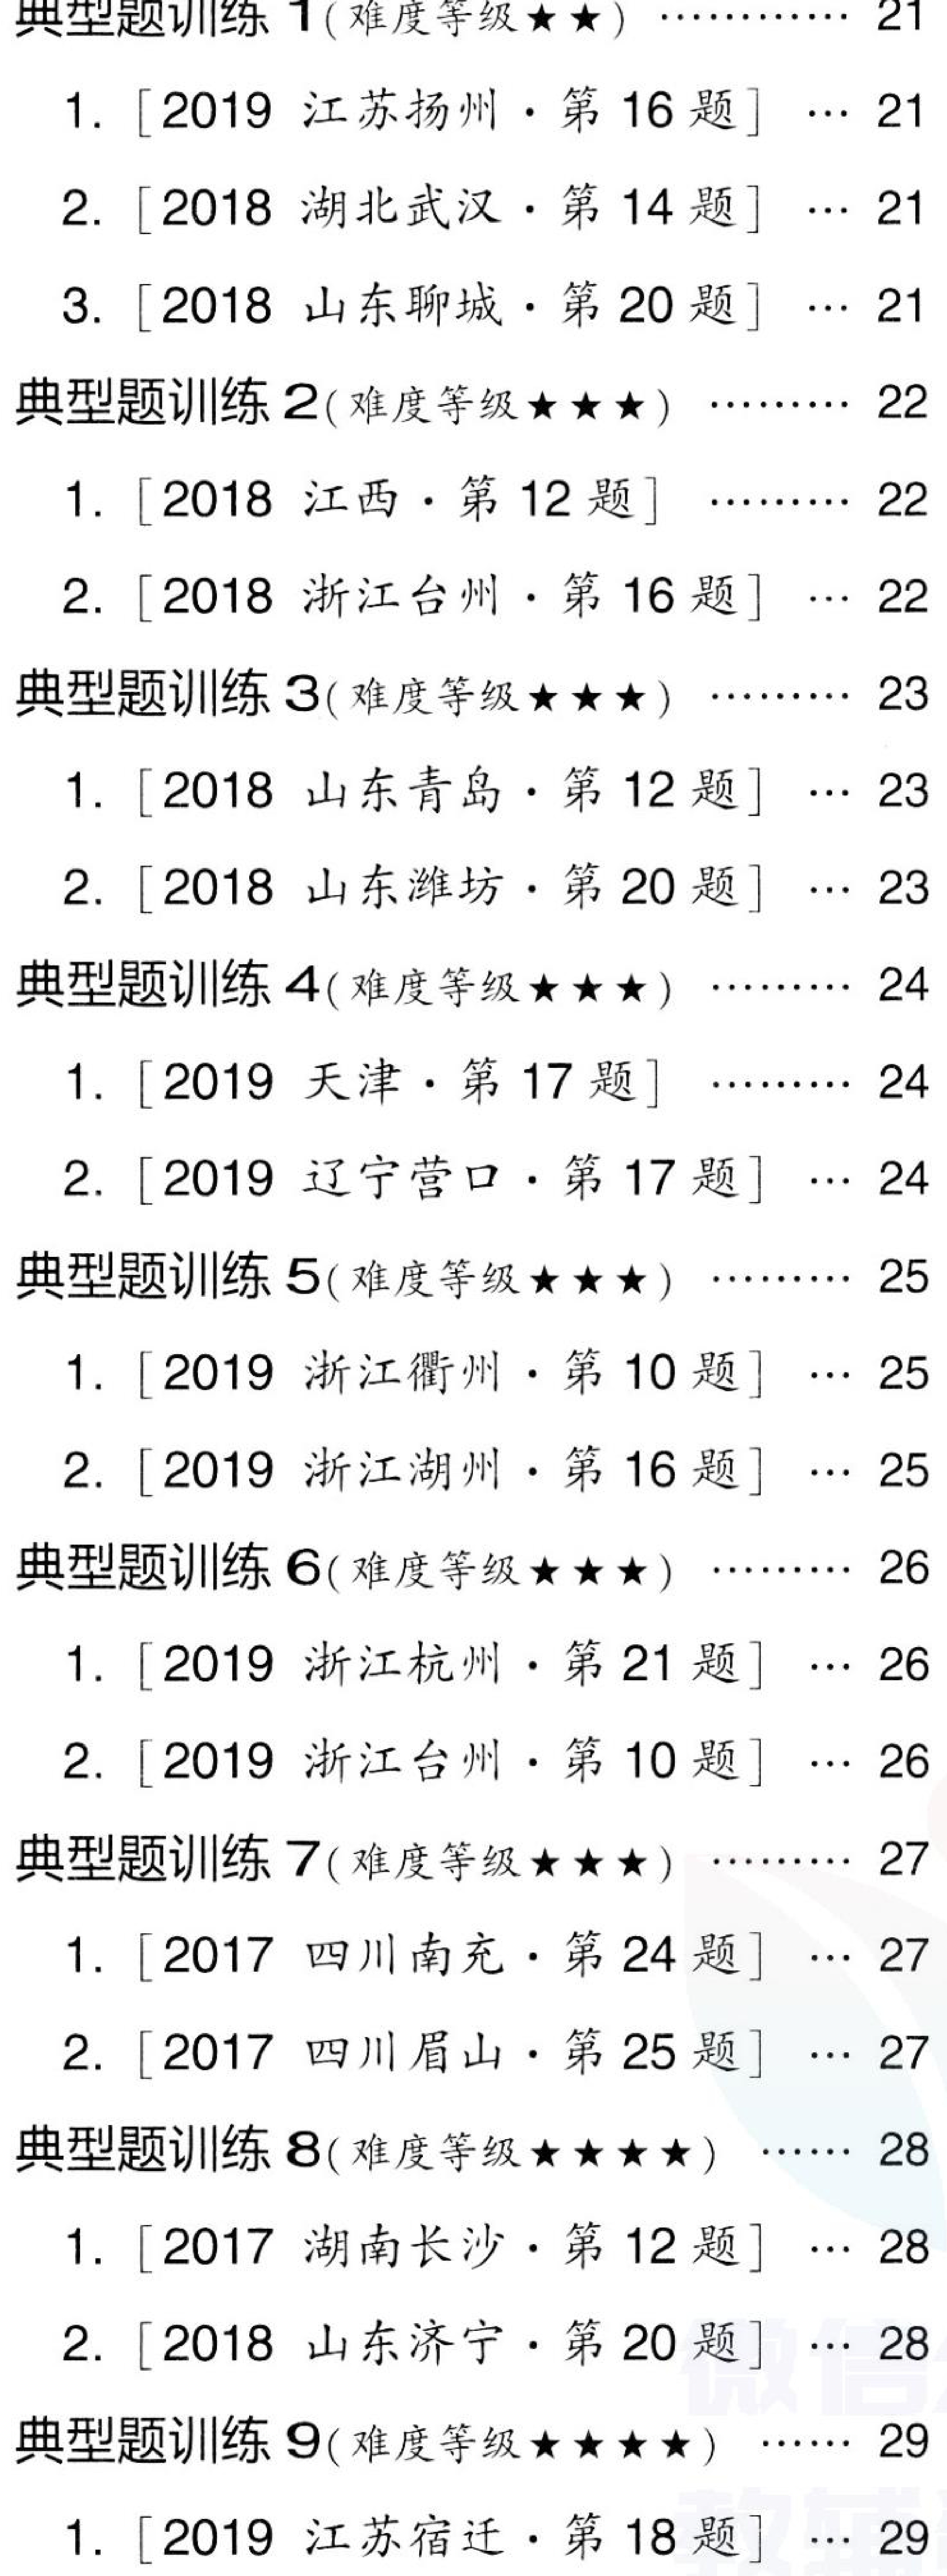
典型题训练 1(难度等级$\star\star$) ………… 21
1. [2019 江苏扬州·第 16 题] … 21
2. [2018 湖北武汉·第 14 题] … 21
3. [2018 山东聊城·第 20 题] … 21
典型题训练 2(难度等级$\star\star\star$) ………… 22
1. [2018 江西·第 12 题] ………… 22
2. [2018 浙江台州·第 16 题] … 22
典型题训练 3(难度等级$\star\star\star$) ………… 23
1. [2018 山东青岛·第 12 题] … 23
2. [2018 山东潍坊·第 20 题] … 23
典型题训练 4(难度等级$\star\star\star$) ………… 24
1. [2019 天津·第 17 题] ………… 24
2. [2019 辽宁营口·第 17 题] … 24
典型题训练 5(难度等级$\star\star\star$) ………… 25
1. [2019 浙江衢州·第 10 题] … 25
2. [2019 浙江湖州·第 16 题] … 25
典型题训练 6(难度等级$\star\star\star$) ………… 26
1. [2019 浙江杭州·第 21 题] … 26
2. [2019 浙江台州·第 10 题] … 26
典型题训练 7(难度等级$\star\star\star$) ………… 27
1. [2017 四川南充·第 24 题] … 27
2. [2017 四川眉山·第 25 题] … 27
典型题训练 8(难度等级$\star\star\star\star$) ………… 28
1. [2017 湖南长沙·第 12 题] … 28
2. [2018 山东济宁·第 20 题] … 28
典型题训练 9(难度等级$\star\star\star\star$) ………… 29
1. [2019 江苏宿迁·第 18 题] … 29